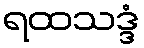
ရထသဒ္ဒံ